Report on vaccination in Madras 1877-1894 - 1877-1894
Year: 1877
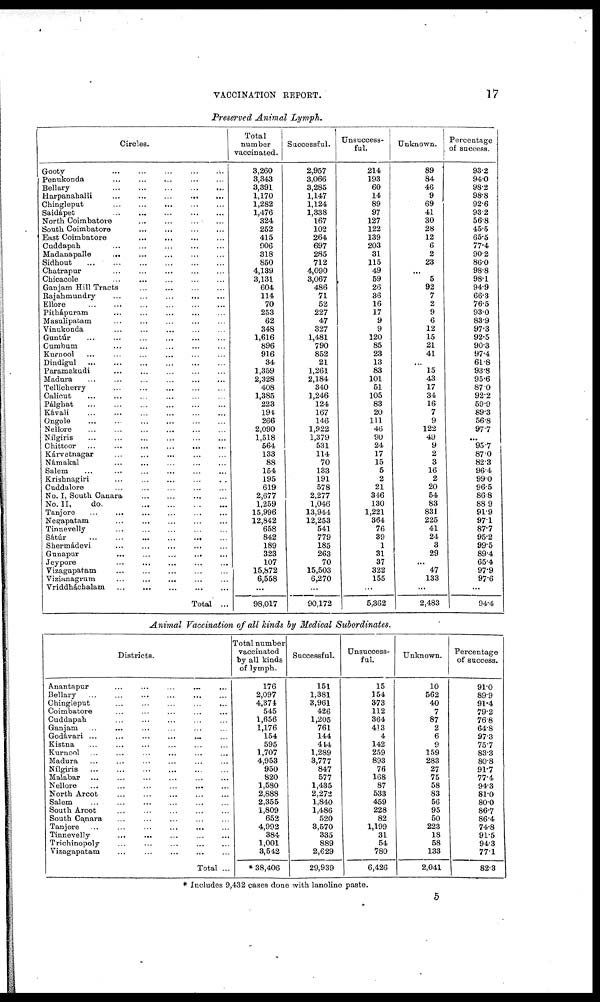
VACCINATION REPORT.
17
Preserved Animal Lymph.
Circles.
Gooty
... ... ... ... ...
Penukonda
... ... ... ... ...
Bellary
...
...
...
...
...
Harpanahalli
...
...
...
...
...
Chingleput
...
...
... ... ...
Saidápet
...
...
...
...
...
North Coimbatore
...
...
... ...
South Coimbatore
...
...
...
...
East Coimbatore ... ... ... ... ...
Cuddapah
...
...
...
...
...
Madanapalle
...
...
...
...
...
Sidhout
...
...
...
...
...
Chatrapur
...
...
...
...
...
...
Chicacole
...
...
...
...
...
Ganjam Hill Tracts
...
...
...
...
Rajahmundry
...
...
...
...
...
Ellore
...
...
...
...
...
...
Pithápuram ... ... ... ... ...
Masulipatam ... ... ... ... ...
Vinukonda
...
...
...
...
...
Guntúr
...
...
...
...
...
...
Cumbum
...
...
...
...
...
...
Kurnool
...
...
...
...
...
Dindigul ... ... ... ... ... ...
Paramakudi ... ... ... ... ...
Madura
...
...
...
...
...
Tellicherry
...
...
...
...
...
Calicut
...
...
...
...
...
...
Pálghat
...
...
...
...
...
...
Kávali ... ... ... ... ... ...
Ongole
...
...
...
...
...
...
Nellore
...
...
...
...
...
...
Nílgiris ... ... ... ... ... ...
Chittoor
...
...
...
...
...
...
Kárvetnagar
...
...
...
...
...
Námakal
...
...
...
...
...
Salem ... ... ... ... ... ...
Krishnagiri
...
...
...
...
...
Cuddalore
...
...
...
...
...
No. I, South Canara ... ... ... ...
No. II,
do.
...
...
...
...
Tanjore
...
...
...
...
...
...
Negapatam
...
...
...
...
...
Tinnevelly
...
...
...
...
...
Sátúr
...
...
...
...
...
...
Shermádevi
...
...
...
...
...
Gunapur
...
...
...
...
...
Jeypore ... ... ... ... ...
Vizagapatam
...
...
...
...
...
Vizianagrum ... ... ... ...
...
Vriddháchalam
...
...
...
...
...
Total ...
Total
number
vaccinated.
3,260
3,343
3,391
1,170
1,282
1,476
324
252
415
906
318
850
4,139
3,131
604
114
70
253
62
348
1,616
896
916
34
1,359
2,328
408
1,385
223
194
266
2,090
1,518
564
133
88
154
195
619
2,677
1,259
15,996
12,842
658
842
189
323
107
15,872
6,558
...
98,017
Successful.
2,957
3,066
3,285
1,147
1,124
1,338
167
102
264
697
285
712
4,090
3,067
486
71
52
227
47
327
1,481
790
852
21
1,261
2,184
340
1,246
124
167
146
1,922
1,379
531
114
70
133
191
578
2,277
1,046
13,944
12,253
541
779
185
263
70
15,503
6,270
...
90,172
Unsuccess-
ful.
214
193
60
14
89
97
127
122
139
203
31
115
49
59
26
36
16
17
9
9
120
85
23
13
83
101
51
105
83
20
111
46
90
24
17
15
5
2
21
346
130
1,221
364
76
39
1
31
37
322
155
...
5,362
Unknown.
89
84
46
9
69
41
30
28
12
6
2
23
...
5
92
7
2
9
6
12
15
21
41
...
15
43
17
34
16
7
9
122
49
9
2
3
16
2
20
54
83
831
225
41
24
3
29
...
47
133
...
2,483
Percentage
of success.
93.2
94.0
98.2
98.8
92.6
93.2
56.8
45.5
65.5
77.4
90.2
86.0
98.8
98.1
94.9
66.3
76.5
93.0
83.9
97.3
92.5
90.3
97.4
61.8
93.8
95.6
87.0
92.2
59.9
89.3
56.8
97.7
...
95.7
87.0
82.3
96.4
99.0
96.5
86.8
88.9
91.9
97.1
87.7
95.2
99.5
89.4
65.4
97.9
97.6
...
94.4
Animal Vaccination of all kinds by Medical Subordinates.
Districts.
Anantapur ... ... ... ... ...
Bellary
...
...
...
...
...
...
Chingleput
...
...
...
...
...
Coimbatore ... ... ... ... ...
Cuddapah
...
...
...
...
...
Ganjam ... ... ... ... ... ...
Godávari ...
... ... ... ... ...
Kistna ... ... ... ... ... ...
Kurnool ... ... ... ... ... ...
Madura
...
... ... ... ... ...
Nílgiris ... ... ... ... ... ...
Malabar ... ... ... ... ... ...
Nellore
...
...
...
...
...
...
North Arcot ... ... ... ... ...
Salem
...
...
...
...
...
...
South Arcot
...
... ... ... ...
South Canara
...
...
...
...
...
Tanjore
...
...
...
...
...
...
Tinnevelly
...
...
...
...
...
Trichinopoly ... ... ... ... ...
Vizagapatam ... ... ... ... ...
Total ...
Total number
vaccinated
by all kinds
of lymph.
176
2,097
4,374
545
1,656
1,176
154
595
1,707
4,953
950
820
1,580
2,888
2,355
1,809
652
4,992
384
1,001
3,542
*38,406
Successful.
151
1,381
3,961
426
1,205
761
144
444
1,289
3,777
847
577
1,435
2,272
1,840
1,486
520
3,570
335
889
2,629
29,939
Unsuccess-
ful.
15
154
373
112
364
413
4
142
259
893
76
168
87
533
459
228
82
1,199
31
54
780
6,426
Unknown.
10
562
40
7
87
2
6
9
159
283
27
75
58
83
56
95
50
223
18
58
133
2,041
Percentage
of success.
91.0
89.9
91.4
79.2
76.8
64.8
97.3
75.7
83.3
80.8
91.7
77.4
94.3
81.0
80.0
86.7
86.4
74.8
91.5
94.3
77.1
82.3
* Includes 9,432 cases done with lanoline paste.
5